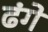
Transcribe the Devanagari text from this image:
ढंगे